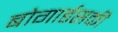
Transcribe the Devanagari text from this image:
बोगार्डसकी